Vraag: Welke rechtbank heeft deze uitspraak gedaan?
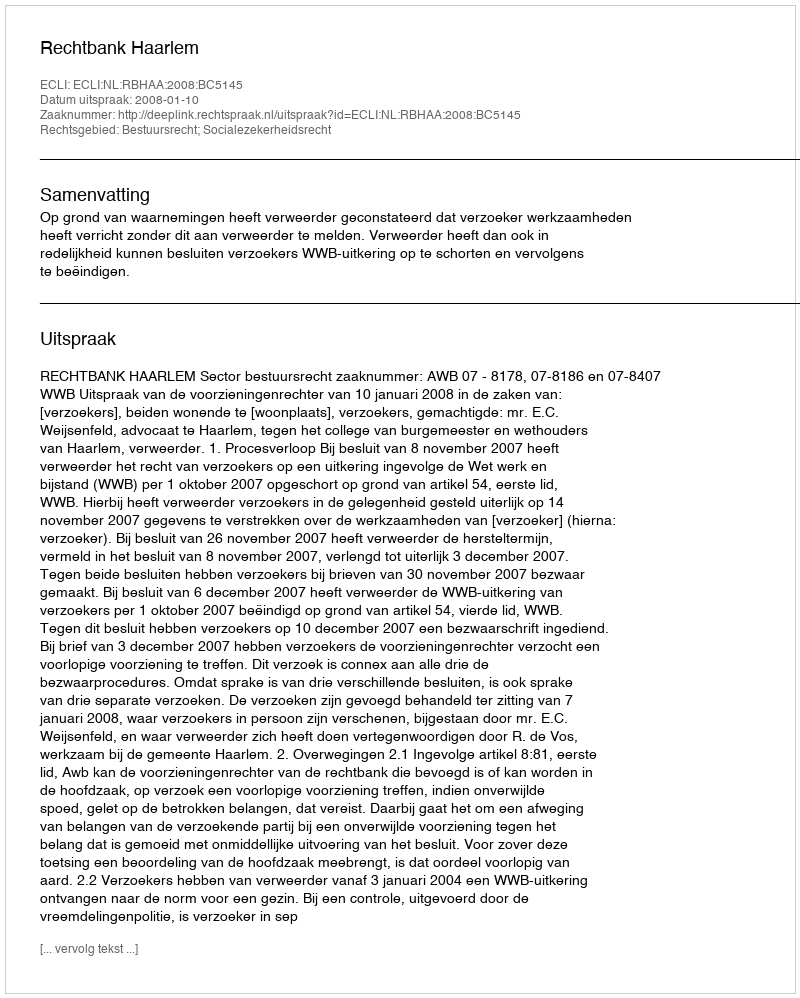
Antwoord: Rechtbank Haarlem